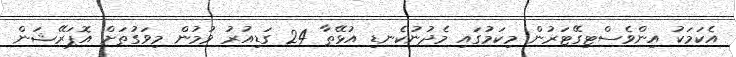
އެކަމަކު އިންވެސްޓިގޭޓަރުން މިކަމުގައި މެދުނުކެނޑި އުޅޭތާ 24 ގަޑިއުރު ވުމުން މިވަގުތަށް އޮޕަރޭޝަން